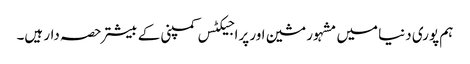
ہم پوری دنیا میں مشہور مشین اور پراجیکٹس کمپنی کے بیشتر حصہ دار ہیں۔